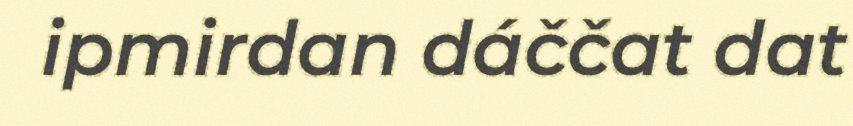
ipmirdan dáččat dat